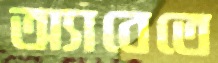
অ্যাবেতে